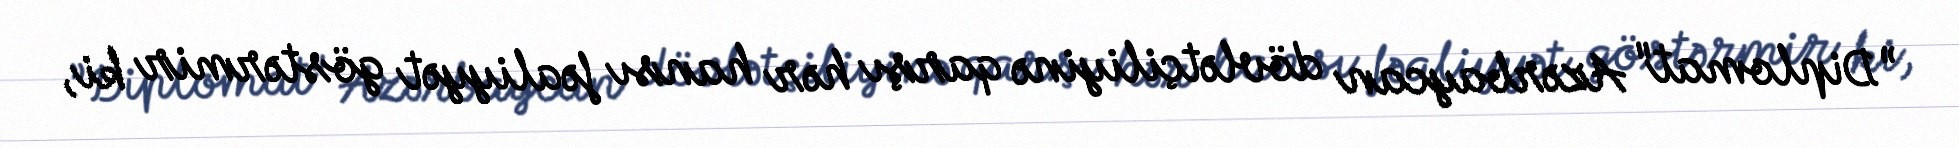
”Diplomat" Azərbaycan dövlətçiliyinə qarşı hər hansı fəaliyyət göstərmir ki,